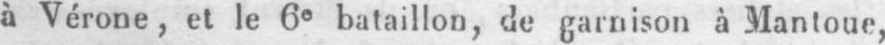
à Vérone, et le 6e bataillon, de garnison à Mantoue,